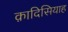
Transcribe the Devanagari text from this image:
क़ादिसियाह